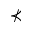
\nprec